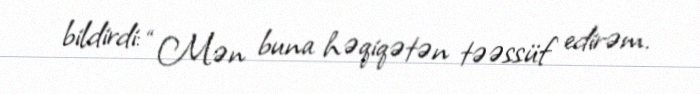
bildirdi: “Mən buna həqiqətən təəssüf edirəm.